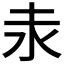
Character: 𡉺